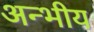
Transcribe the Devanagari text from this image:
अन्भीय